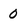
Character: 0